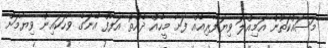
މަސައްކަތުން އަމިއްލަ ވިޔަފާރިއެއް ފަށާ މީހެއް ދެއްތޮ އަފާފް އޭނަގެ ވާހަކައިން ވިޔާމަށް